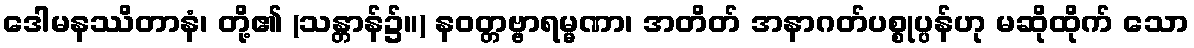
ဒေါမနဿိတာနံ၊ တို့၏ (သန္တာန်၌။) နဝတ္တဗ္ဗာရမ္မဏာ၊ အတိတ် အနာဂတ်ပစ္စုပ္ပန်ဟု မဆိုထိုက် သော